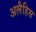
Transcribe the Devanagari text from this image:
अलैहिस